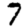
Digit: 7